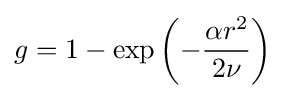
g=1-\exp \left(-{\frac {\alpha r^{2}}{2\nu }}\right)